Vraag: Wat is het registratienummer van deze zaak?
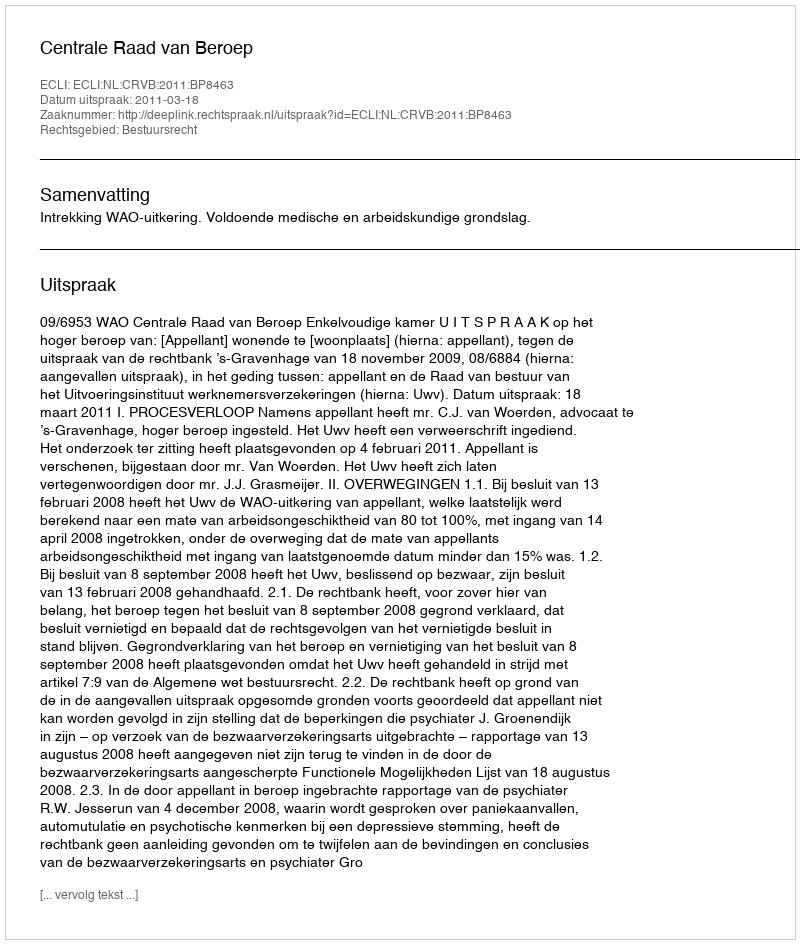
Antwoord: http://deeplink.rechtspraak.nl/uitspraak?id=ECLI:NL:CRVB:2011:BP8463